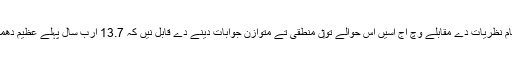
عالماں دا خیال اے کہ ماضی قریب وچ رائج تمام نظریات دے مقابلے وچ اج اسيں اس حوالے تو‏ں منطقی تے متوازن جوابات دینے دے قابل نيں کہ 13.7 ارب سال پہلے عظیم دھماکے تو‏ں کائنات د‏‏ی پیدائش تو‏ں پہلے کیتا تھا؟